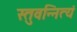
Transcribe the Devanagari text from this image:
स्तुवन्नित्यं